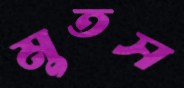
মুতস